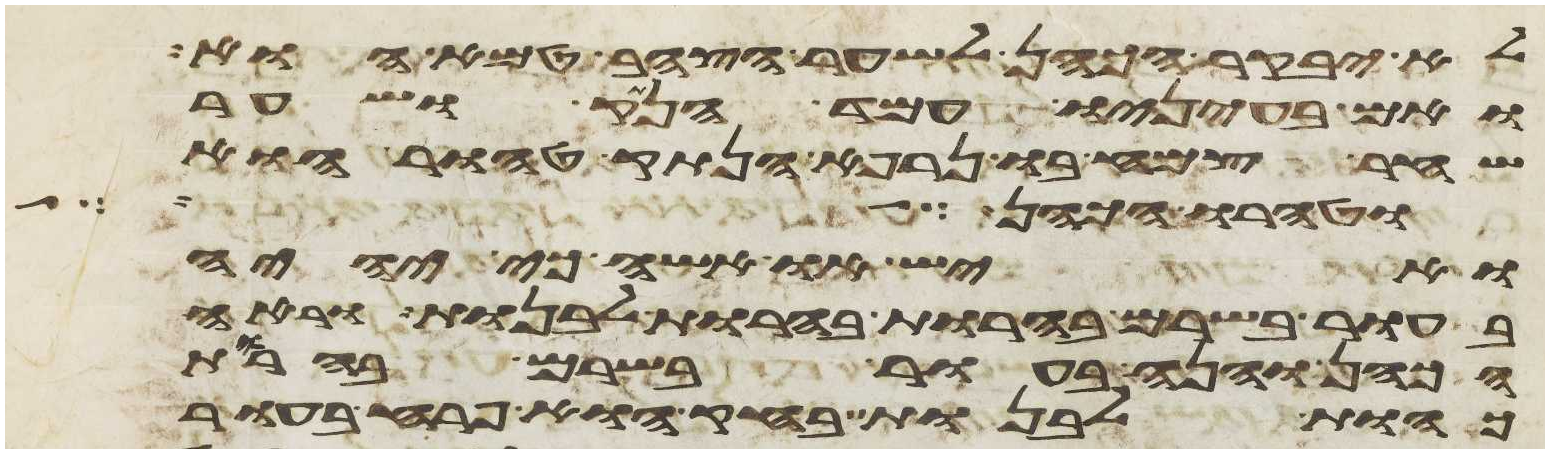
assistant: לא יבקר הכהן לשער הצהב טמא הוא
ואם בעיניו עמד הנתק ושער
שחר צמח בו נרפא הנתק טהור הוא
ויהוה המטיר על סדם ועל
ואיש או אשה כי יהיה
בעור בשרם בהרות בהרות לבנות וראה
הכהן והנה בעור בשרם בהרות
כהות לבנות בחק הוא פרח בעור